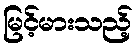
မြင့်မားသည့်